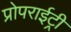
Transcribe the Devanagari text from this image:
प्रोपराईट्री